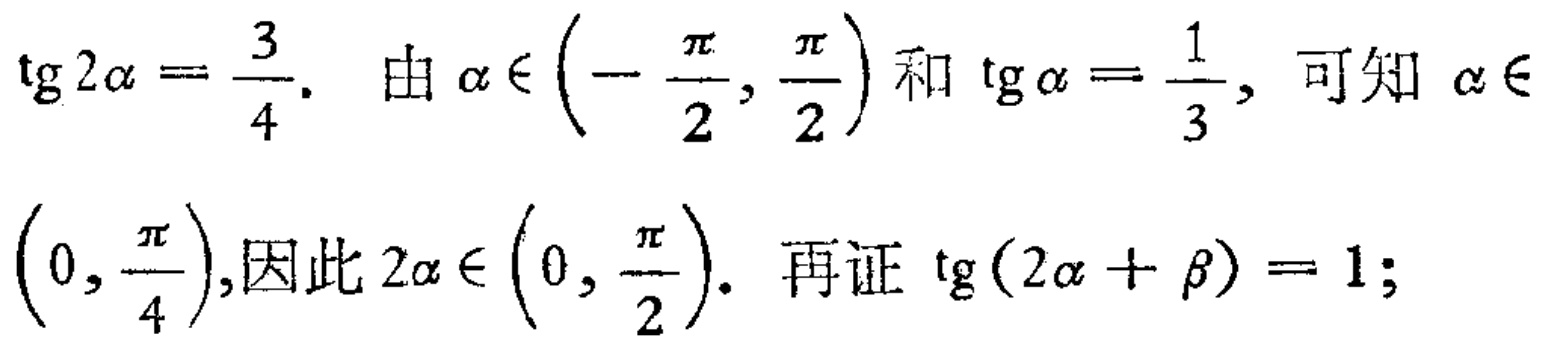
\(\text{tg}2\alpha =\dfrac{3}{4}.\) 由 \(\alpha \in \left(-\dfrac{\pi}{2},\dfrac{\pi}{2}\right)\) 和 \(\text{tg}\alpha =\dfrac{1}{3},\) 可知 \(\alpha \in \left(0,\dfrac{\pi}{4}\right),\)因此 \(2\alpha \in \left(0,\dfrac{\pi}{2}\right).\) 再证 \(\text{tg}(2\alpha +\beta ) = 1;\)